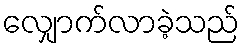
လျှောက်လာခဲ့သည်